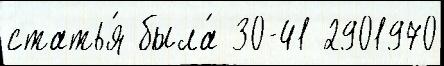
статья́ была́ 30-41 2901970